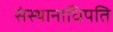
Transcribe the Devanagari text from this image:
संस्थानाधिपति